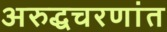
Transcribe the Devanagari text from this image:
अरुद्धचरणांत